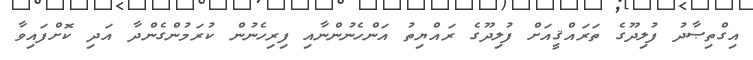
އިގްތިޞާދު ފުލިދޫގެ ތަރައްޤީއަށް ފުލިދޫގެ ރައްޔިތު އަންހެނުންނާއި ފިރިހެނުން ކުރަމުންގެންދާ އަދި ކޮށްފައިވާ